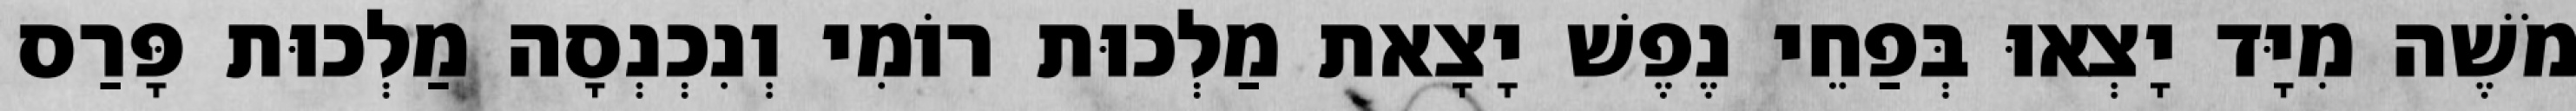
מֹשֶׁה מִיָּד יָצְאוּ בְּפַחֵי נֶפֶשׁ יָצָאת מַלְכוּת רוֹמִי וְנִכְנְסָה מַלְכוּת פָּרַס